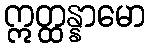
ဣတ္ထန္နာမော